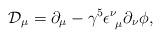
LaTeX: \begin{align*}{\mathcal D}_{\mu} = \partial_{\mu} - \gamma^5 \epsilon^{\nu}_{\ \mu} \partial_{\nu} \phi,\end{align*}